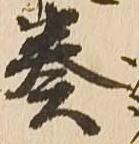
奏